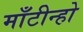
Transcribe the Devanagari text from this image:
माँटीन्हो